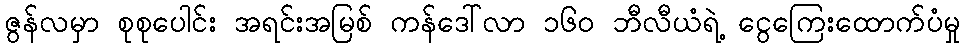
ဇွန်လမှာ စုစုပေါင်း အရင်းအမြစ် ကန်ဒေါ်လာ ၁၆၀ ဘီလီယံရဲ့ ငွေကြေးထောက်ပံမှု